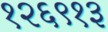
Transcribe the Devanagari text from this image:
१२६९१३